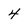
Character: 4